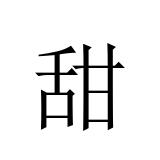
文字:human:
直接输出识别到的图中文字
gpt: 甜